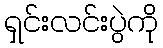
ရှင်းလင်းပွဲကို